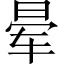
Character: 晕